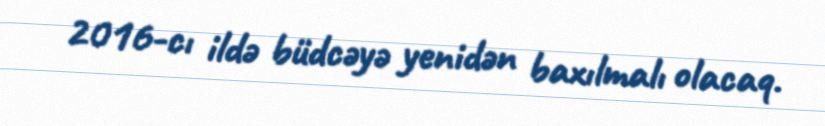
2016-cı ildə büdcəyə yenidən baxılmalı olacaq.